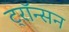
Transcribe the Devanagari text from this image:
ट्रॉन्सन